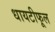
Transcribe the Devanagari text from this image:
धायटीफूल